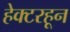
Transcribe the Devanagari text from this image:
हेक्टरहून